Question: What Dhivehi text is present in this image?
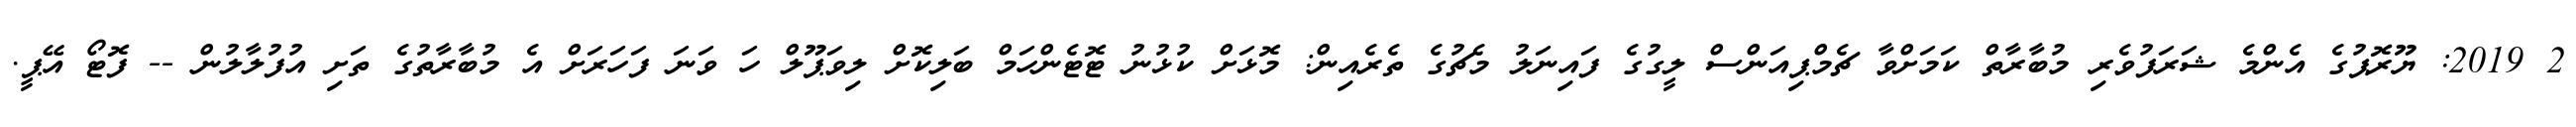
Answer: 2 2019: ޔޫރޮޕުގެ އެންމެ ޝަރަފުވެރި މުބާރާތް ކަމަށްވާ ޗެމްޕިއަންސް ލީގުގެ ފައިނަލު މެޗުގެ ތެރެއިން: މޮޅަށް ކުޅުނު ޓޮޓެންހަމް ބަލިކޮށް ލިވަޕޫލް ހަ ވަނަ ފަހަރަށް އެ މުބާރާތުގެ ތަށި އުފުލާލުން -- ފޮޓޯ އޭޕީ.